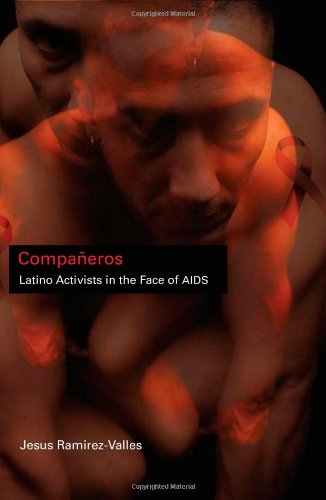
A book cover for CompaÃ±eros: Latino Activists in the Face of AIDS (Latinos in Chicago and Midwest); Jesus Ramirez-Valles; Gay & Lesbian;